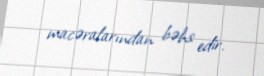
macəralarından bəhs edir.